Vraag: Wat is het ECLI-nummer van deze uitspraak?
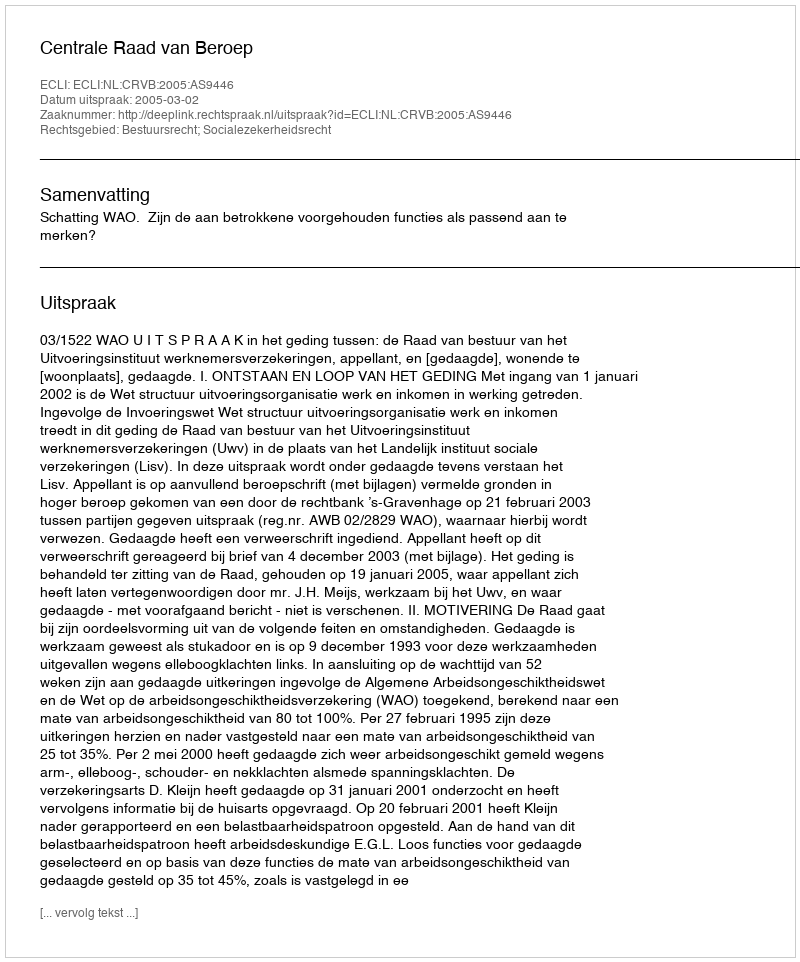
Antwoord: ECLI:NL:CRVB:2005:AS9446